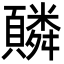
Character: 䫰